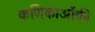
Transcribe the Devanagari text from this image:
कणिकाओंकी